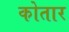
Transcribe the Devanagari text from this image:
कोतार